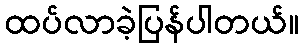
ထပ်လာခဲ့ပြန်ပါတယ်။